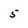
Character: 5